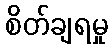
စိတ်ချရမှု